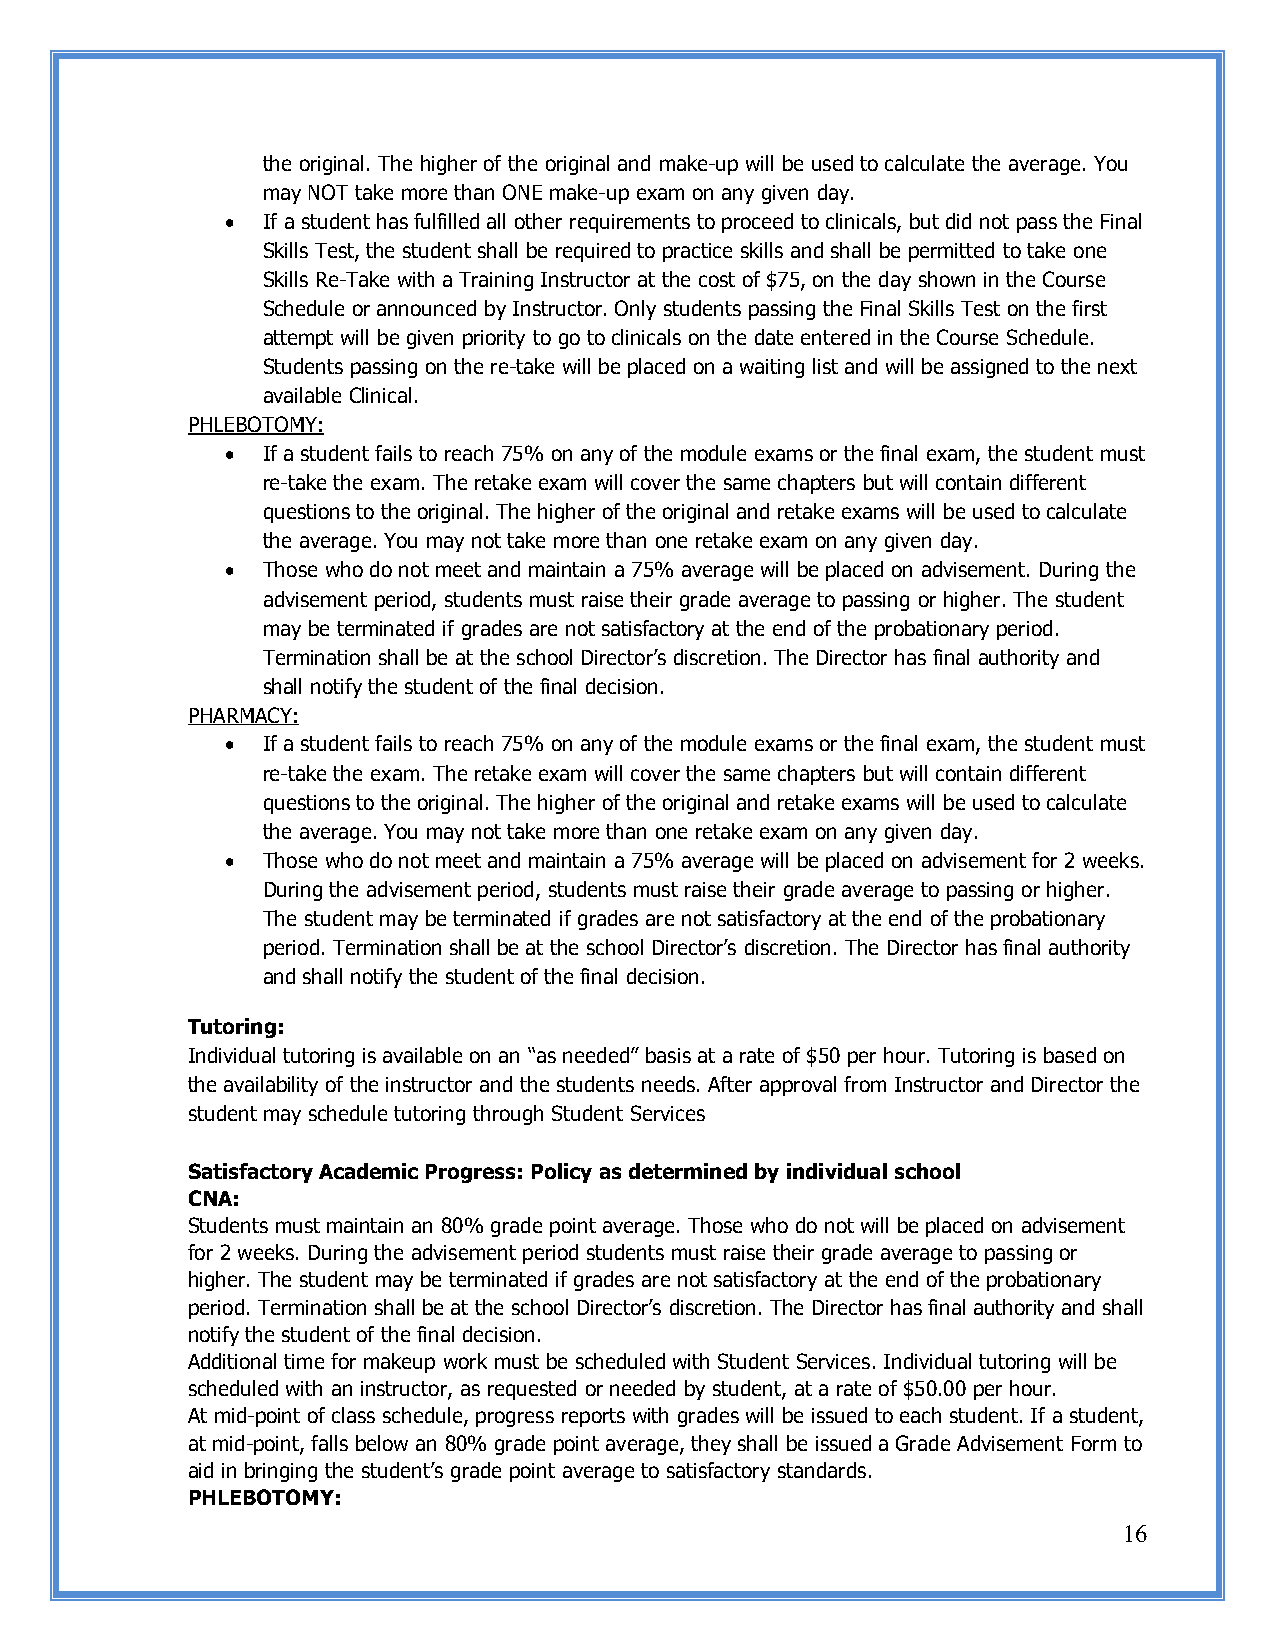
the original. The higher of the original and make-up will be used to calculate the average. You
 may NOT take more than ONE make-up exam on any given day.
  If a student has fulfilled all other requirements to proceed to clinicals, but did not pass the Final
 Skills Test, the student shall be required to practice skills and shall be permitted to take one
 Skills Re-Take with a Training Instructor at the cost of $75, on the day shown in the Course
 Schedule or announced by Instructor. Only students passing the Final Skills Test on the first
 attempt will be given priority to go to clinicals on the date entered in the Course Schedule.
 Students passing on the re-take will be placed on a waiting list and will be assigned to the next
 available Clinical.
 PHLEBOTOMY:
  If a student fails to reach 75% on any of the module exams or the final exam, the student must
 re-take the exam. The retake exam will cover the same chapters but will contain different
 questions to the original. The higher of the original and retake exams will be used to calculate
 the average. You may not take more than one retake exam on any given day.
  Those who do not meet and maintain a 75% average will be placed on advisement. During the
 advisement period, students must raise their grade average to passing or higher. The student
 may be terminated if grades are not satisfactory at the end of the probationary period.
 Termination shall be at the school Director’s discretion. The Director has final authority and
 shall notify the student of the final decision.
 PHARMACY:
  If a student fails to reach 75% on any of the module exams or the final exam, the student must
 re-take the exam. The retake exam will cover the same chapters but will contain different
 questions to the original. The higher of the original and retake exams will be used to calculate
 the average. You may not take more than one retake exam on any given day.
  Those who do not meet and maintain a 75% average will be placed on advisement for 2 weeks.
 During the advisement period, students must raise their grade average to passing or higher.
 The student may be terminated if grades are not satisfactory at the end of the probationary
 period. Termination shall be at the school Director’s discretion. The Director has final authority
 and shall notify the student of the final decision.
 Tutoring:
 Individual tutoring is available on an “as needed” basis at a rate of $50 per hour. Tutoring is based on
 the availability of the instructor and the students needs. After approval from Instructor and Director the
 student may schedule tutoring through Student Services
 Satisfactory Academic Progress: Policy as determined by individual school
 CNA:
 Students must maintain an 80% grade point average. Those who do not will be placed on advisement
 for 2 weeks. During the advisement period students must raise their grade average to passing or
 higher. The student may be terminated if grades are not satisfactory at the end of the probationary
 period. Termination shall be at the school Director’s discretion. The Director has final authority and shall
 notify the student of the final decision.
 Additional time for makeup work must be scheduled with Student Services. Individual tutoring will be
 scheduled with an instructor, as requested or needed by student, at a rate of $50.00 per hour.
 At mid-point of class schedule, progress reports with grades will be issued to each student. If a student,
 at mid-point, falls below an 80% grade point average, they shall be issued a Grade Advisement Form to
 aid in bringing the student’s grade point average to satisfactory standards.
 PHLEBOTOMY:
 16